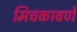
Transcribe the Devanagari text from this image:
मिचकावणे